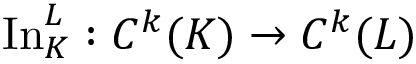
\operatorname { I n } _ { K } ^ { L } : C ^ { k } ( K ) \to C ^ { k } ( L )